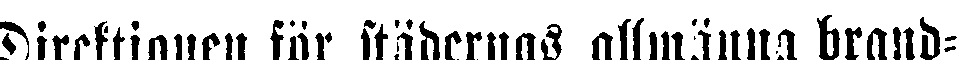
Direktionen för städernas allmänna brand-